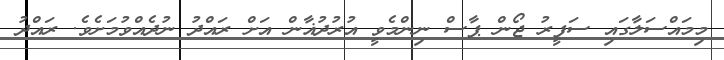
މިމައްސަލާގައި ސަފީރު ޖޯން ޕާސް ނިންމެވީ އުރުދުޣާން އަށް ރައްދު ނުދެއްވުމަށެވެ. ރައްދު